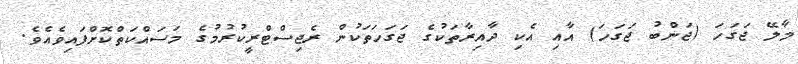
މާލޭ ޖަގަހަ (ޖަންބު ޖަގަހަ) އާއި އެކި ދާއިރާތަކުގެ ޖަގަހަތަކުން ރެޖިސްޓްރީކުރުމުގެ މަސައްކަތްކޮށްފައިވެއެވެ.